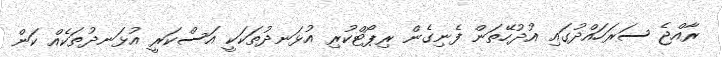
ރާއްޖެ ސަރަހައްދުގައި އުދުހޭތަން ފެނިގެން ރިޕޯޓްކުރި އުޅަނދުތަކަކީ އަސްކަރީ އުޅަނދުތަކެއް ކަން